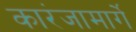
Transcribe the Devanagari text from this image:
कारंजामार्गे